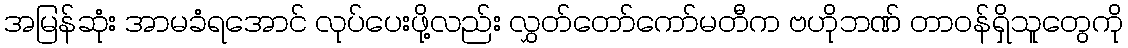
အမြန်ဆုံး အာမခံရအောင် လုပ်ပေးဖို့လည်း လွှတ်တော်ကော်မတီက ဗဟိုဘဏ် တာဝန်ရှိသူတွေကို